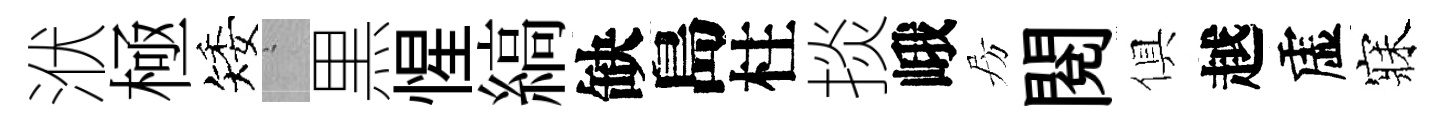
洑極矮搖黒惺縞缺島柱掞峨房閲俱越虚寐